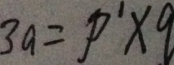
3 a = p ^ { 1 } \times q